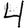
Digit: 4